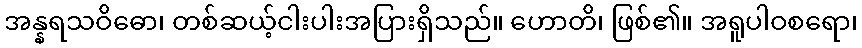
အန္နရသဝိဓော၊ တစ်ဆယ့်ငါးပါးအပြားရှိသည်။ ဟောတိ၊ ဖြစ်၏။ အရူပါဝစရော၊